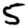
Digit: 5